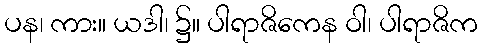
ပန၊ ကား။ ယဒါ၊ ၌။ ပါရာဇိကေန ဝါ၊ ပါရာဇိက